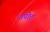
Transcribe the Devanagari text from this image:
तपोट